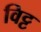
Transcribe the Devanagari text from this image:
विट्ट